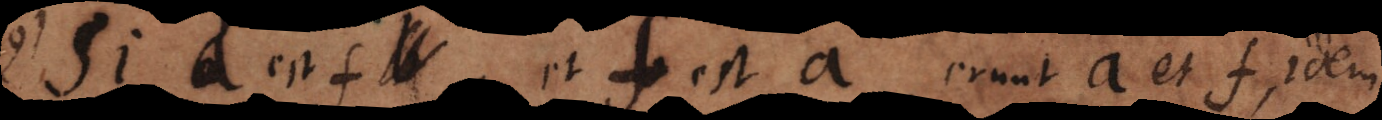
9) Si a est b, et b est a, erunt a et b ide